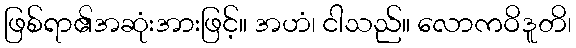
ဖြစ်ရာ၏အဆုံးအားဖြင့်။ အဟံ၊ ငါသည်။ လောကဝိဒူတိ၊